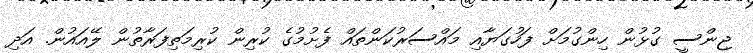
ޖިންސީ ގުޅުން ހިންގުމަށް ފަހުގަޔާއި މައްސަރުކަންތައް ފެށުމުގެ ކުރިން ކުރިމަތިފަރާތުން ލޭއައުން. އަދި